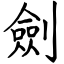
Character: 劍